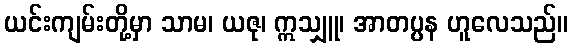
ယင်းကျမ်းတို့မှာ သာမ၊ ယဇု၊ ဣသျှူ၊ အာတပ္ပန ဟူလေသည်။